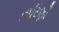
તારિણી